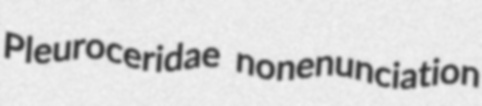
Pleuroceridae nonenunciation